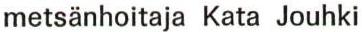
metsänhoitaja Kata Jouhki